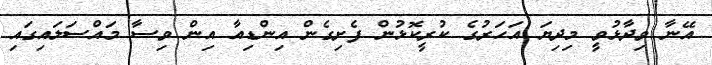
އޭނާ ވިދާޅުވީ މިދިޔަ އަހަރުގެ ކުރީކޮޅުން ފެށިގެން އިންޑިއާ އިން ވިސާ މައްސަލައިގައި